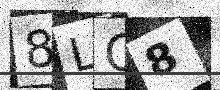
Text: 8LC8